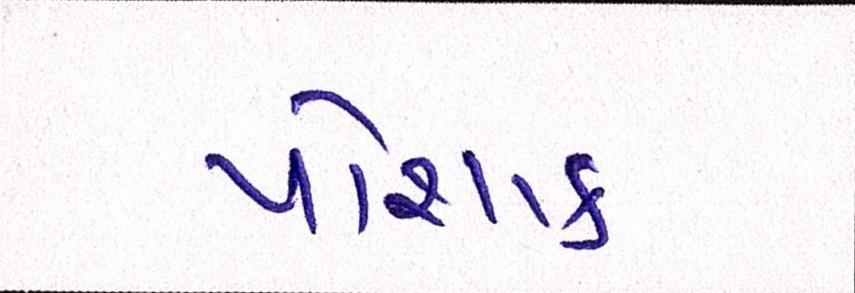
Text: પોશાક